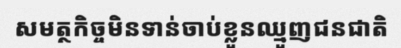
សមត្ថកិច្ចមិនទាន់ចាប់ខ្លួនឈ្មួញជនជាតិ